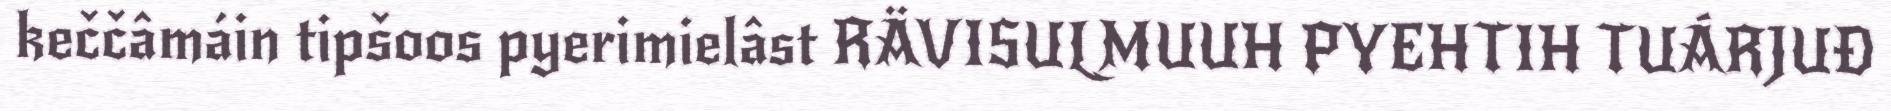
keččâmáin tipšoos pyerimielâst RÄVISULMUUH PYEHTIH TUÁRJUĐ